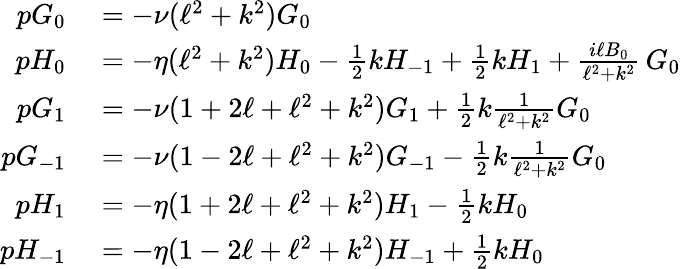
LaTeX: \begin{array}{rl}{pG_{0}}&{{}=-\nu(\ell^{2}+k^{2})G_{0}}\\ {pH_{0}}&{{}=-\eta(\ell^{2}+k^{2})H_{0}-\frac{1}{2}{k}H_{-1}+\frac{1}{2}{k}H_{1}+\frac{i\ell B_{0}}{\ell^{2}+k^{2}}\, G_{0}}\\ {pG_{1}}&{{}=-\nu(1+2\ell+\ell^{2}+k^{2})G_{1}+\frac{1}{2}{k}\frac{1}{\ell^{2}+k^{2}}G_{0}}\\ {pG_{-1}}&{{}=-\nu(1-2\ell+\ell^{2}+k^{2})G_{-1}-\frac{1}{2}{k}\frac{1}{\ell^{2}+k^{2}}G_{0}}\\ {pH_{1}}&{{}=-\eta(1+2\ell+\ell^{2}+k^{2})H_{1}-\frac{1}{2}{k}H_{0}}\\ {pH_{-1}}&{{}=-\eta(1-2\ell+\ell^{2}+k^{2})H_{-1}+\frac{1}{2}{k}H_{0}}\end{array}